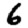
Digit: 6